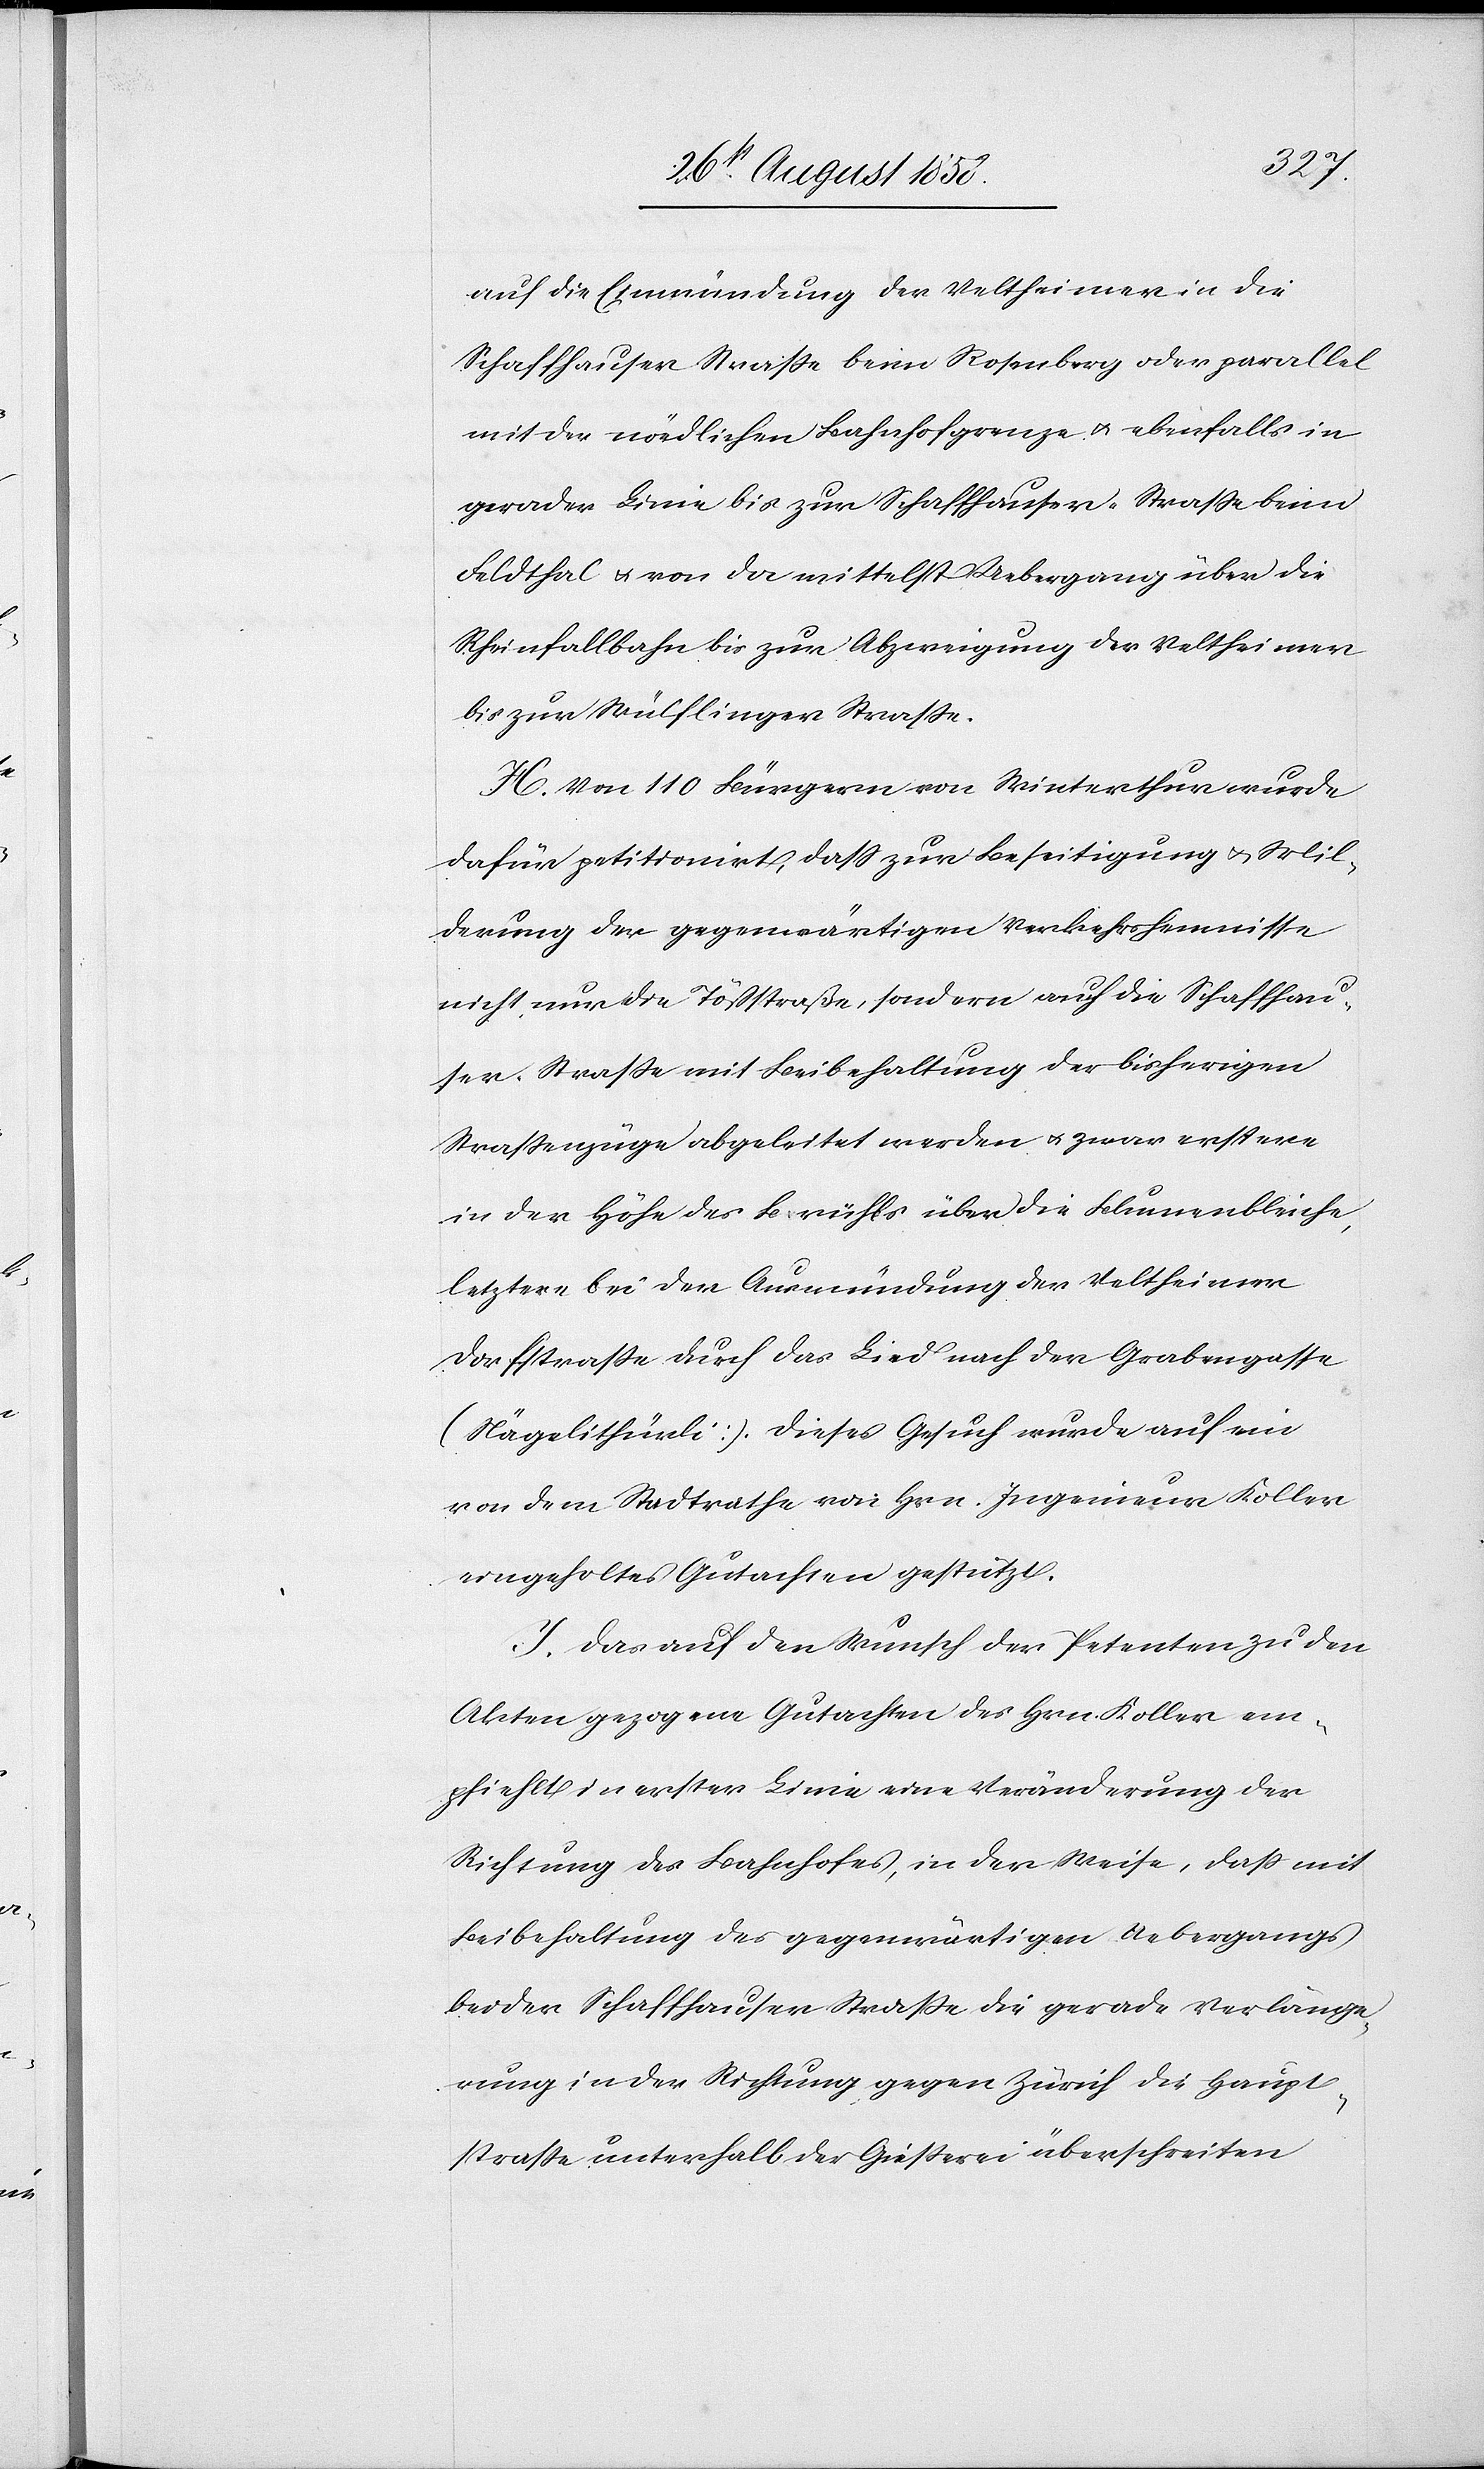
auf die Einmündung der Veltheimer in die
Schaffhauser Strasse beim Rosenberg oder parallel
mit der nördlichen Bahnhofgrenze & ebenfalls in
gerader Linie bis zur Schaffhauser-Strasse beim
Feldthal & von da mittelst Uebergang über die
Rheinfallbahn bis zur Abzweigung der Veltheimer
bis zur Wülflinger Strasse.
H. Von 110 Bürgern von Winterthur wurde
dafür petitionirt, dass zur Beseitigung & Mil¬
derung der gegenwärtigen Verkehrshemmnisse
nicht nur die Tößstraße, sondern auch die Schaffhau¬
ser-Strasse mit Beibehaltung der bisherigen
Strassenzüge abgeleitet werden & zwar erstere
in der Höhe des Brühls über die Blumenbleiche,
letztere bei der Ausmündung der Veltheimer
Dorfstrasse durch das Lind nach der Grabengasse
(Nägelithürli). Dieses Gesuch wurde auf ein
von dem Stadtrathe von Hrn. Ingenieur Koller
eingeholtes Gutachten gestützt.
I. Das auf den Wunsch der Petenten zu den
Akten gezogene Gutachten des Hrn. Koller em¬
pfiehlt in erster Linie eine Veränderung der
Richtung des Bahnhofes, in der Weise, dass mit
Beibehaltung des gegenwärtigen Uebergangs
bei der Schaffhauser Strasse die gerade Verlänge¬
rung in der Richtung gegen Zürich die Haupt¬
strasse unterhalb der Giesserei überschreiten